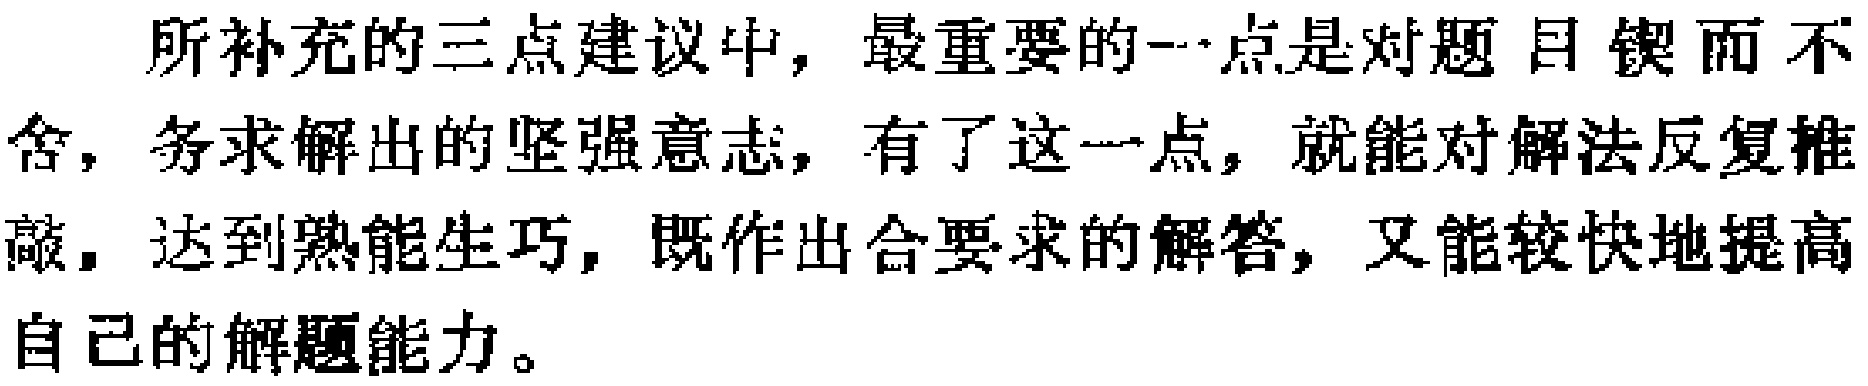
所补充的三点建议中，最重要的一点是对题目锲而不舍，务求解出的坚强意志，有了这一点，就能对解法反复推敲，达到熟能生巧，既作出合要求的解答，又能较快地提高自己的解题能力。